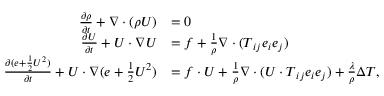
\begin{array} { r l } { \frac { \partial \rho } { \partial t } + \nabla \cdot ( \rho \boldsymbol { U } ) } & { = 0 } \\ { \frac { \partial \boldsymbol { U } } { \partial t } + \boldsymbol { U } \cdot \nabla \boldsymbol { U } } & { = \boldsymbol { f } + \frac { 1 } { \rho } \nabla \cdot ( \boldsymbol { T } _ { i j } \boldsymbol { e } _ { i } \boldsymbol { e } _ { j } ) } \\ { \frac { \partial ( e + \frac { 1 } { 2 } \boldsymbol { U } ^ { 2 } ) } { \partial t } + \boldsymbol { U } \cdot \nabla ( e + \frac { 1 } { 2 } \boldsymbol { U } ^ { 2 } ) } & { = \boldsymbol { f } \cdot \boldsymbol { U } + \frac { 1 } { \rho } \nabla \cdot ( \boldsymbol { U } \cdot \boldsymbol { T } _ { i j } \boldsymbol { e } _ { i } \boldsymbol { e } _ { j } ) + \frac { \lambda } { \rho } \Delta T , } \end{array}